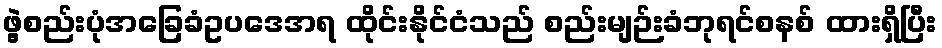
ဖွဲ့စည်းပုံအခြေခံဥပဒေအရ ထိုင်းနိုင်ငံသည် စည်းမျဉ်းခံဘုရင်စနစ် ထားရှိပြီး